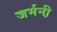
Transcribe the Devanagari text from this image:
जर्मनी़